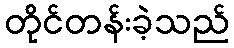
တိုင်တန်းခဲ့သည်